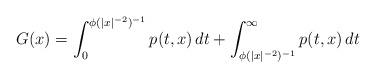
LaTeX: \begin{align*} G(x)=\int_0^{\phi(|x|^{-2})^{-1}}p(t,x)\,dt+\int_{\phi(|x|^{-2})^{-1}}^\infty p(t,x)\,dt \end{align*}